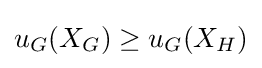
u_{G}(X_{G})\geq u_{G}(X_{H})